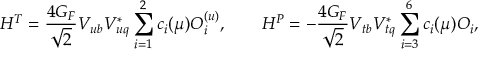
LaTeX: { \cal H } ^ { T } = \frac { 4 G _ { F } } { \sqrt { 2 } } V _ { u b } V _ { u q } ^ { * } \sum _ { i = 1 } ^ { 2 } c _ { i } ( \mu ) O _ { i } ^ { ( u ) } , \qquad { \cal H } ^ { P } = - \frac { 4 G _ { F } } { \sqrt { 2 } } V _ { t b } V _ { t q } ^ { * } \sum _ { i = 3 } ^ { 6 } c _ { i } ( \mu ) O _ { i } ,